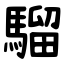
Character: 騮